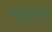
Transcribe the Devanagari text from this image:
वहरात